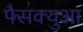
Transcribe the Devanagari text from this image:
पैसक्युआ